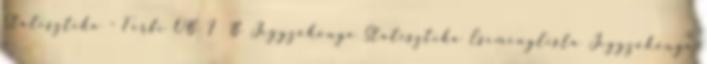
Statisztika - Férfi OB I B Jegyzőkönyv Statisztika Eseménylista Jegyzőkönyv